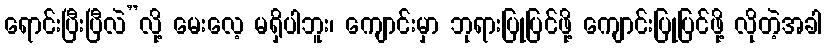
ရောင်းပြီးပြီလဲ”လို့ မေးလေ့ မရှိပါဘူး၊ ကျောင်းမှာ ဘုရားပြုပြင်ဖို့ ကျောင်းပြုပြင်ဖို့ လိုတဲ့အခါ